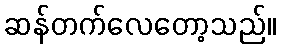
ဆန်တက်လေတော့သည်။